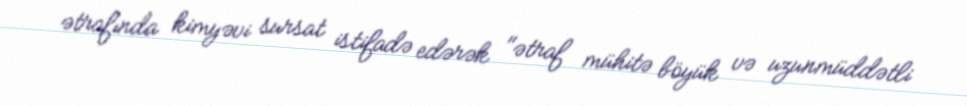
ətrafında kimyəvi sursat istifadə edərək "ətraf mühitə böyük və uzunmüddətli